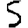
Digit: 5